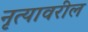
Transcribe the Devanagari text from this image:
नृत्यावरील